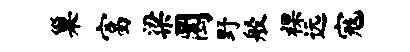
巢富梁圜野般裸远寇